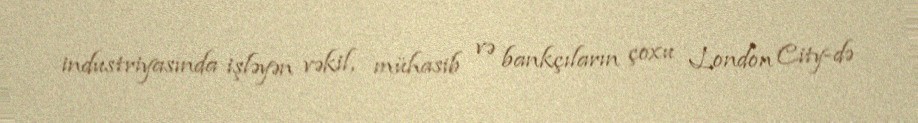
industriyasında işləyən vəkil, mühasib və bankçıların çoxu London City-də